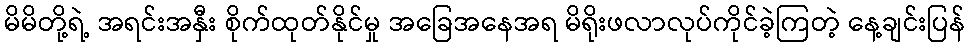
မိမိတို့ရဲ့ အရင်းအနှီး စိုက်ထုတ်နိုင်မှု အခြေအနေအရ မိရိုးဖလာလုပ်ကိုင်ခဲ့ကြတဲ့ နေ့ချင်းပြန်